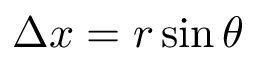
\Delta x = r \sin \theta